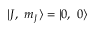
| J , \ m _ { J } \rangle = | 0 , \ 0 \rangle